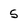
Character: 5